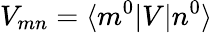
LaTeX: V_{mn}=\langle m^{0}\lvert V\lvert n^{0}\rangle